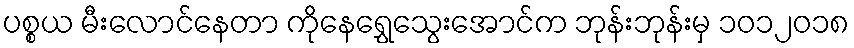
ပစ္စယ မီးလောင်နေတာ ကိုနေရွှေသွေးအောင်က ဘုန်းဘုန်းမှ ၁၀၁၂၀၁၈